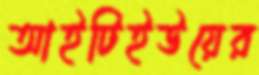
আইটিইউয়ের